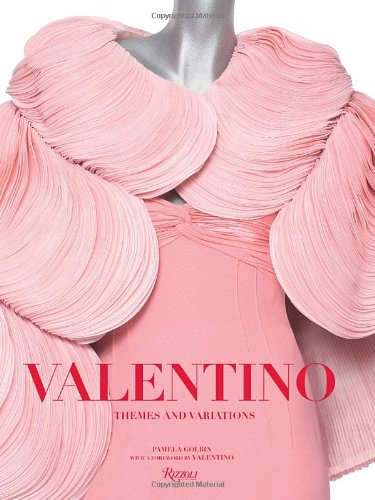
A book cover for Valentino: Themes and Variations; Pamela Golbin; Arts & Photography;